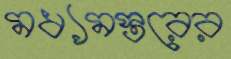
মধ্যমস্তরের